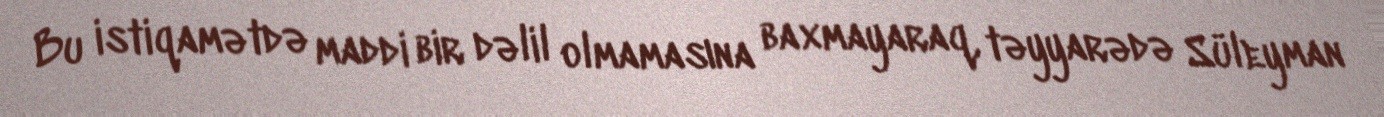
Bu istiqamətdə maddi bir dəlil olmamasına baxmayaraq, təyyarədə Süleyman